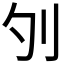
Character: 𠚭